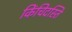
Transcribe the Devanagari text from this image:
किंचिदस्ति